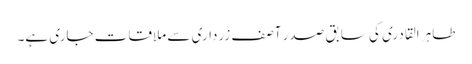
طاہر القادری کی سابق صدر آصف زرداری سے ملاقات جاری ہے۔